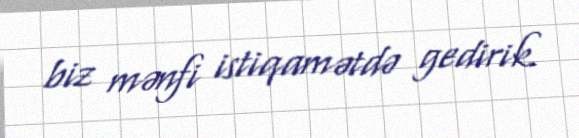
biz mənfi istiqamətdə gedirik.